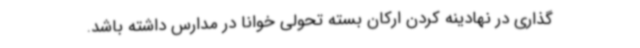
گذاری در نهادینه کردن ارکان بسته تحولی خوانا در مدارس داشته باشد.